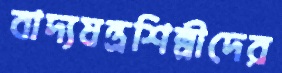
বাদ্যযন্ত্রশিল্পীদের